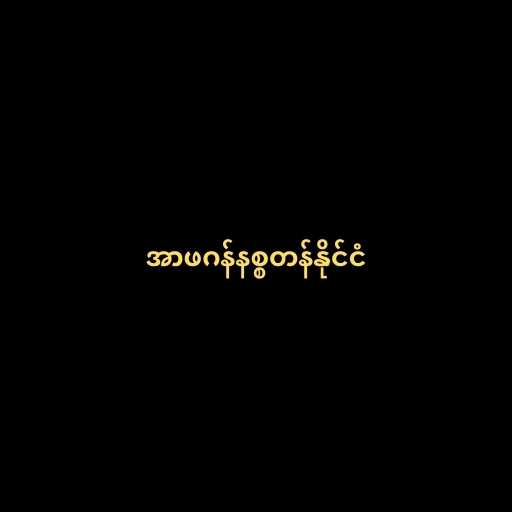
အာဖဂန်နစ္စတန်နိုင်ငံ